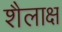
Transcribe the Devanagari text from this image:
शैलाक्ष